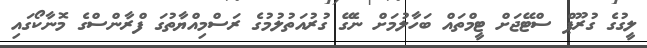
ލީގުގެ ގުރޫޕް ސްޓޭޖަށް ޓީމްތައް ބަހާލުމަށް ނެގޭ ގުރުއަތުލުމުގެ ރަސްމިއްޔާތުގަ ފްރާންސްގެ މޮނާކޯގައި